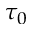
\tau _ { 0 }